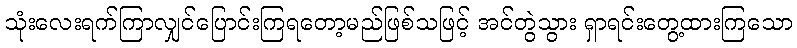
သုံးလေးရက်ကြာလျှင်ပြောင်းကြရတော့မည်ဖြစ်သဖြင့် အင်တွဲသွား ရှာရင်းတွေ့ထားကြသော